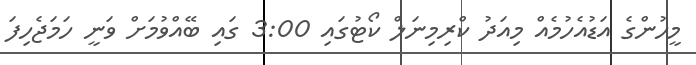
މީހުންގެ އަޑުއެހުމެއް މިއަދު ކްރިމިނަލް ކޯޓުގައި 3:00 ގައި ބޭއްވުމަށް ވަނީ ހަމަޖެހިފަ